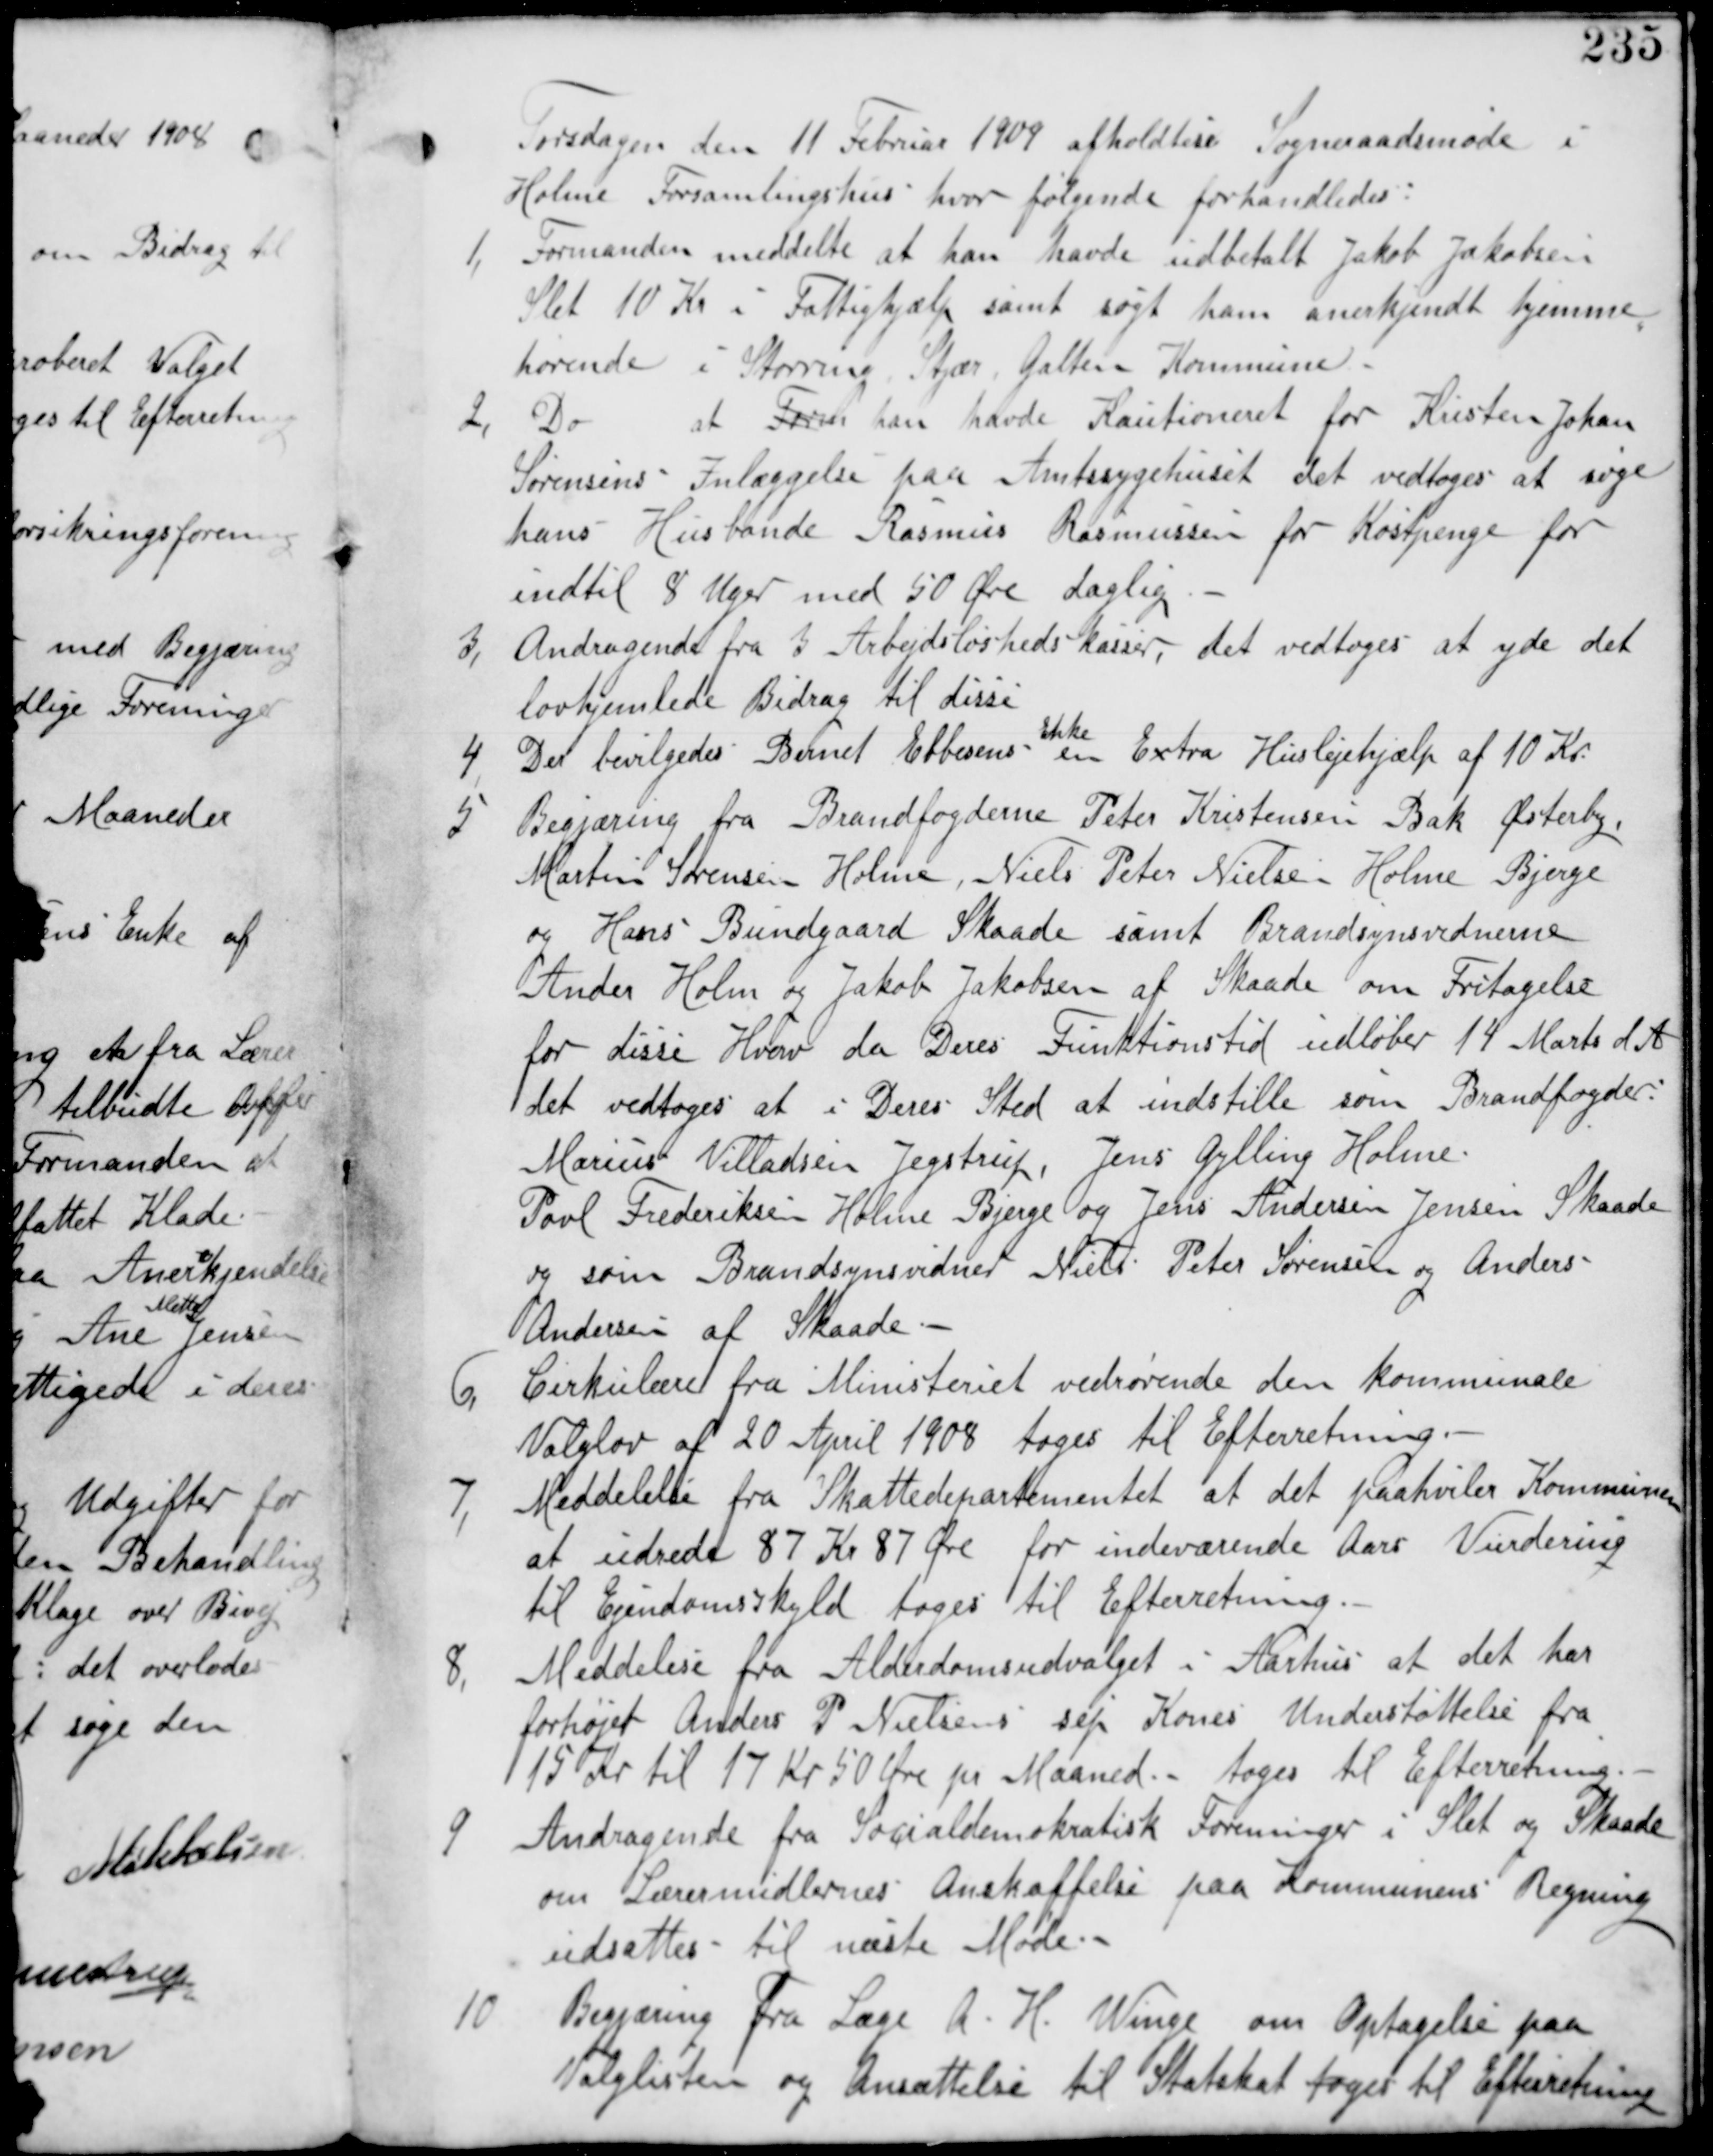
Transskription:
Torsdagen den 11 Februar 1909 afholdes Sogneraadsmøde i
Holme Forsamlingshus hvor følgende forhandledes:

1, Formanden meddelte at han havde udbetalt Jakob Jakobsen
Slet 10 Kr i Fattighjælp samt søgt ham anerkjendt hjemme
hørende i Storring Stjær Galten Kommune.

2, Do at Form han havde Kautioneret for Kristen Johan
Sørensens Indlæggelse paa Amtssygehuset det vedtages at søge
hans Husbonde Rasmus Rasmussen for Kostpenge for
indtil 8 Uger med 50 Øre daglig.

3,
Andragende fra 3 Arbejdsløshedskasser, det vedtages at yde det
lovhjemlede Bidrag til disse.

4, Der bevilgedes Bernd Ebbesens
Enke
en Extra Husleejehjælp af 10 Kr.

5 Begjæring fra Brandfogederne Peder Kristensen Bak Østeby
Martin Sørensen Holme, Niels Peter Nielsen Holme Bjerge
og Hans Bundgaard samt Brandsynsvidnerne
Anders Holm og Jakob Jakobsen af Skaade om Fritagelse
for disse Hverv da Deres Deres Funktionstid udløber 14 Marts d A
det Vedtages at i Deres Sted at indstille som Brandfogeder:
Marius Villadsen Jegstrup, Jens Gylling Holme
Povl Frederiksen Holme Bjerge og Jens Andersen Jensen Skaade
og som Brandsynsvidner Niels Peter Sørensen og Anders
Andersen af Skaade.-

6,
Cirkulære fra Ministeriet vedrørende den kommunale
Valglov af 20 April 1908 tages til Efterretning.

7, Meddelelse fra Skattedepartementet at det paahviler Kommunen
at udrede 87 Kr 87 Øre for indeværende Aars Vurdering
til Ejendomsskyld tages til Efterretning

8,
Meddelelse fra Alderdomsudvalget i Aarhus at det har
forhøjet Anders P Nielsens sep. Kones Understøttelse fra
15 Kr til 17 Kr 50 Øre pr Maaned.- tages til Efterretning.

9
Andragende fra Socialdemokratisk Foreninger i Slet og Skaade
om Lærermidlernes Anskaffelse paa Kommunens Regning
udsattes - til næste Møde.-

10
Begjæring fra Læge A. H. Winge om optagelse paa
Valglisten og Ansættelse til Statsskat tages til Efterretning.